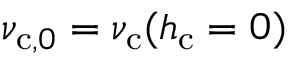
\nu _ { \mathrm { c } , 0 } = \nu _ { \mathrm { c } } ( h _ { \mathrm { c } } = 0 )